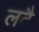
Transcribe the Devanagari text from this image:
लटै